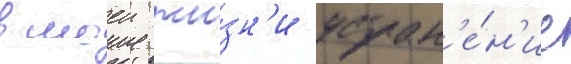
в моеи жи́зн'и устран'е́н'ие